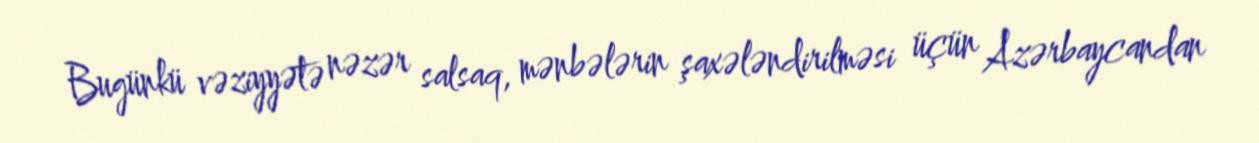
Bugünkü vəziyyətə nəzər salsaq, mənbələrin şaxələndirilməsi üçün Azərbaycandan